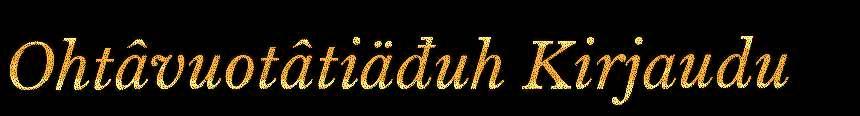
Ohtâvuotâtiäđuh Kirjaudu